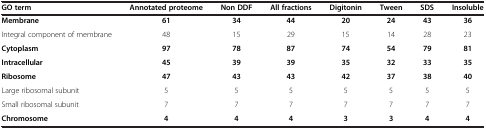
| GO term | Annotated proteome | Non DDF | All fractions | Digitonin | Tween | SDS | Insoluble |
 | --- | --- | --- | --- | --- | --- | --- | --- |
 | Membrane | 61 | 34 | 44 | 20 | 24 | 43 | 36 |
 | Integral component of membrane | 48 | 15 | 29 | 15 | 14 | 28 | 23 |
 | Cytoplasm | 97 | 78 | 87 | 74 | 54 | 79 | 81 |
 | Intracellular | 45 | 39 | 39 | 35 | 32 | 33 | 35 |
 | Ribosome | 47 | 43 | 43 | 42 | 37 | 38 | 40 |
 | Large ribosomal subunit | 5 | 5 | 5 | 5 | 5 | 5 | 5 |
 | Small ribosomal subunit | 7 | 7 | 7 | 7 | 7 | 7 | 7 |
 | Chromosome | 4 | 4 | 4 | 3 | 3 | 4 | 4 |